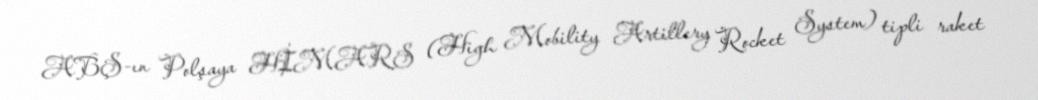
ABŞ-ın Polşaya HİMARS (High Mobility Artillery Rocket System) tipli raket